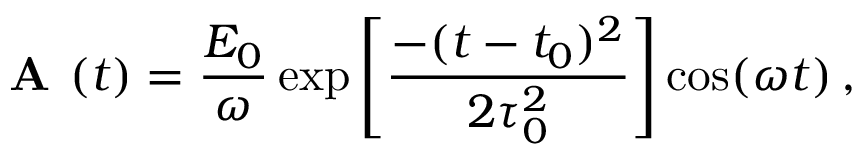
\textbf { A } ( t ) = \frac { \boldsymbol { E _ { 0 } } } { \omega } \exp \left[ \frac { - ( t - t _ { 0 } ) ^ { 2 } } { 2 \tau _ { 0 } ^ { 2 } } \right] \cos ( \omega t ) \, ,